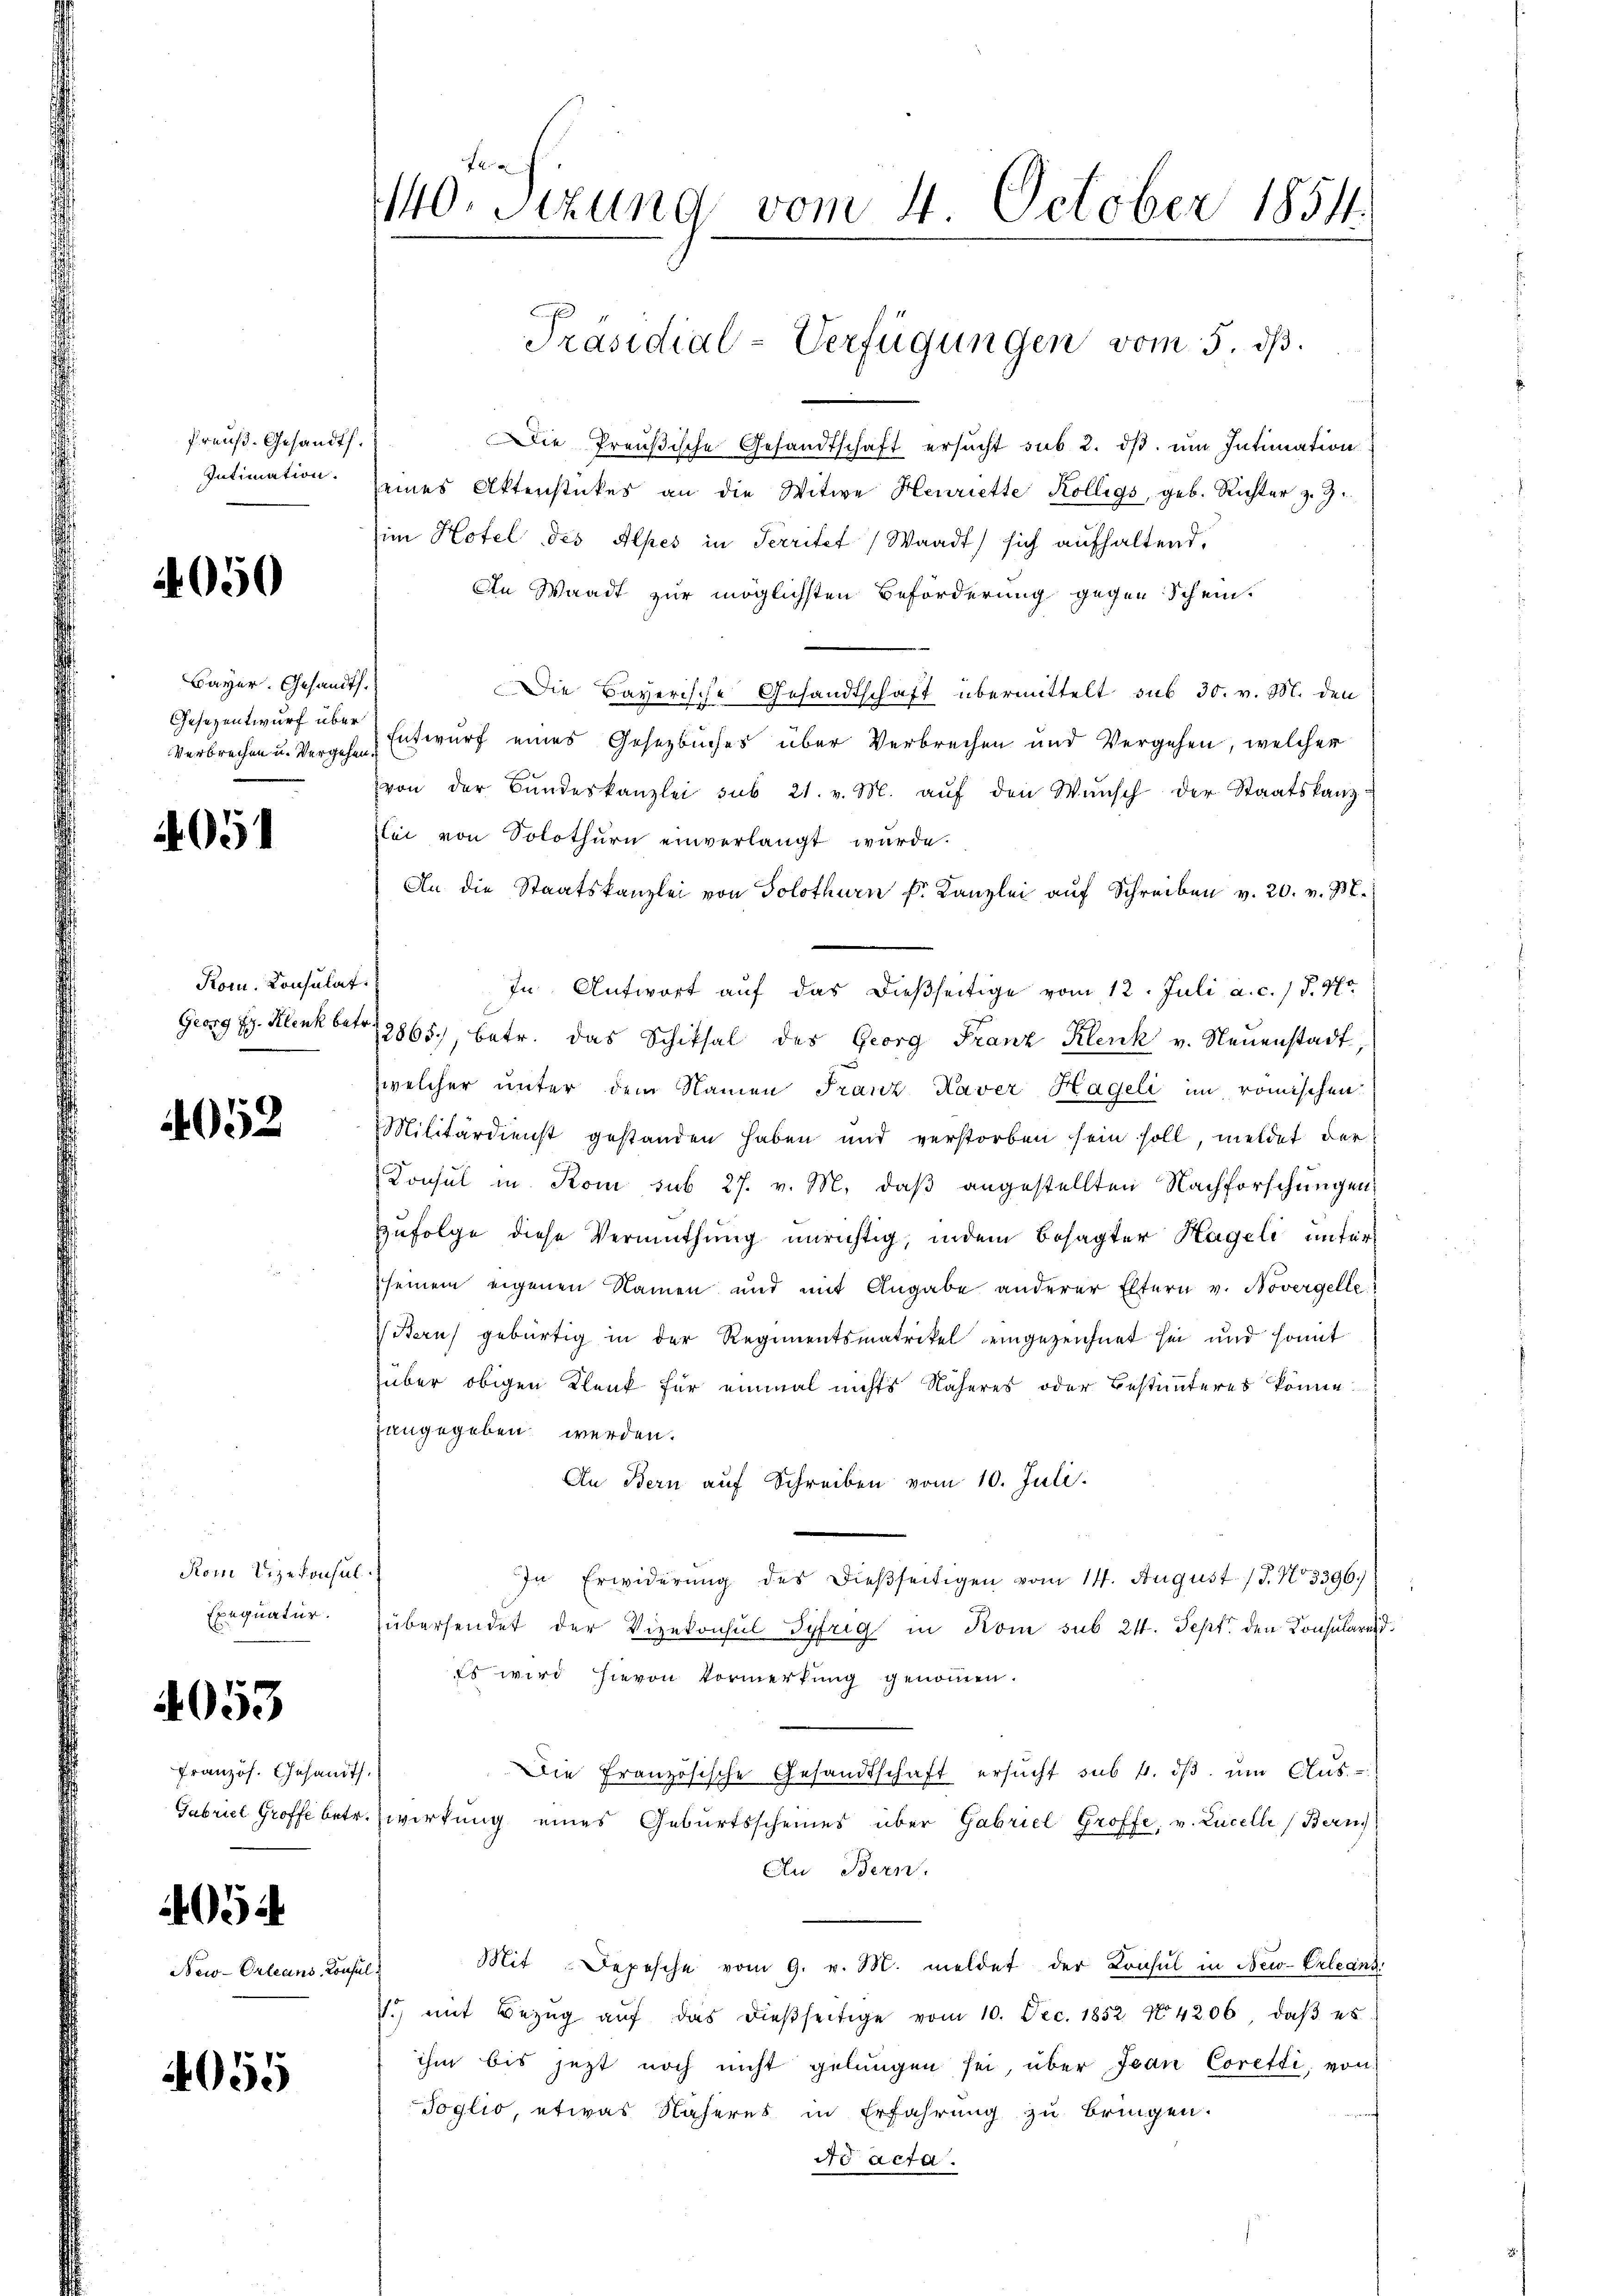
Preuß. Gesandtf.
Intimation.

4050

Bayer. Gesandt
Gesezentwurf über
Verbrechen u. Vergehen

405

Kom. Konsulat
Georg Fr. Klenk bet

052

Kom Vizekonsul
Exequatur.

4053

Französ. Gesandt
Gabriel Groffe betr

054

New-Orleans, Konse

4055

f
140. Sizung vom 4. October 1854.

Die Preußische Gesandtschaft ersŭcht sub 2. dβ ŭm Intimation
seines Aktenstückes an die Witwe Henriette Kölligs, geb. Richter z. Z.
im Hotel des Alpes in Territet, Waadt) sich aufhaltend.
An Waadt zur möglichsten Beförderung gegen Schein.
Die Bayerische Gesandtschaft übermittelt sub 30. v. M. den
Entwurf eines Gesetzbuches über Verbrechen und Vergehen, welcher
von der Bŭndeskanzlei sub 21. v. M. aŭf den Wŭnsch der Staatskanz
zlei von Solothurn einverlangt wurde.
An die Staatskanzlei von Solothurn Fr. Kanzlei auf Schreiben v. 20. v. 18.
In Antwort auf das dießseitige vom 12. Juli a. c. / 5. No
12865), betr. das Schiksal des Georg Franz Klenk v. Neuenstadt,
welcher unter dem Namen Franz Kaver Hageli im römischen
Militärdienst gestanden haben und verstorben sein soll, meldet der
Konsul in Rom sub 27. v. M. daß angestellten Nachforschungen,
Zufolge diese Vermuthung unrichtig, indem besagter Hageli unter
seinem eigenen Namen und mit Angabe anderer Eltern v. Novergelle
Bern gebürtig in der Regimentsmatrikel eingezeichnet sei und sonnt
über obigen Klenk für einmal nichts Näheres oder Bestimteres könne.
gangegeben werden.
An Bern auf Schreiben vom 10. Juli.
In Erwiderŭng des dießseitigen vom 14. August 17. No 3396.)
übersendet der Vizekonsul Syfrig in Kom sub 24. Sept. den Consularend
Es wird hievon Vormerkung genommen.
Die Französische Gesandtschaft ersŭcht sub 6. dβ ŭm Aŭs-
wirkung eines Geburtsscheines über Gabriel Groffe, v. Lucelle (Bern
Au Bern.
Mit Depesche vom 9. v. M. meldet der Konsul in New-Orleans
o mit Bezŭg aŭf das dieβseitige vom 10. Dec. 1852 N4206, daβ es
ihm bis jetzt noch nicht gelungen sei, über Jean Coretti, von
Toglio, etwas Näheres in Erfahrung zu bringen.
Ao acta.

Präsidial-Verfügungen vom 5. dß.